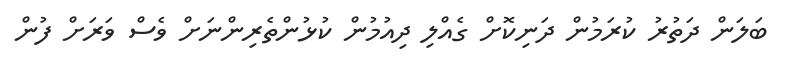
ބަލަން ދަތުރު ކުރަމުން ދަނިކޮށް ގެއްލި ދިއުމުން ކުޅުންތެރިންނަށް ވެސް ވަރަށް ފުން